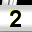
Digit: 2